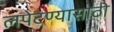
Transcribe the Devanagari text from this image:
लपेटण्यासाठी